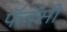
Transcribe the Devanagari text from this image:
फॅबॅसी